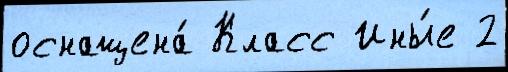
оснащена́ Класс Ины́е 2